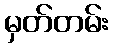
မှတ်တမ်း